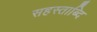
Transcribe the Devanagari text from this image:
सहस्ताब्दि